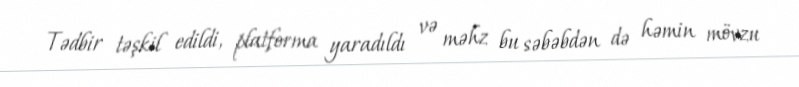
Tədbir təşkil edildi, platforma yaradıldı və məhz bu səbəbdən də həmin mövzu